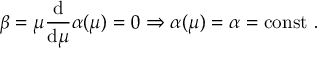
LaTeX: \beta = \mu { \frac { \mathrm { d } } { \mathrm { d } \mu } } \alpha ( \mu ) = 0 \Rightarrow \alpha ( \mu ) = \alpha = \mathrm { c o n s t } \ .